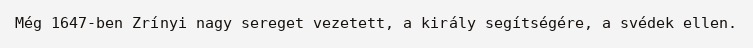
Még 1647-ben Zrínyi nagy sereget vezetett, a király segítségére, a svédek ellen.